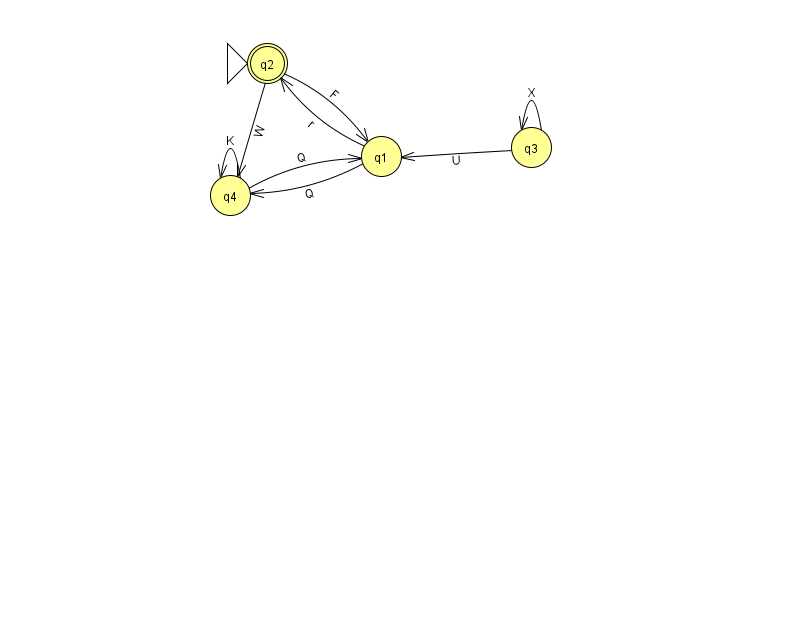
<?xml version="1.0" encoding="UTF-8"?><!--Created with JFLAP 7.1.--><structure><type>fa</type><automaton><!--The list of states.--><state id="1" name="q1"><x>381.0</x><y>143.0</y></state><state id="2" name="q2"><x>267.0</x><y>50.0</y><initial/><final/></state><state id="3" name="q3"><x>531.0</x><y>134.0</y></state><state id="4" name="q4"><x>230.0</x><y>182.0</y></state><!--The list of transitions.--><transition><from>1</from><to>4</to><read>Q</read></transition><transition><from>4</from><to>1</to><read>Q</read></transition><transition><from>1</from><to>2</to><read>r</read></transition><transition><from>2</from><to>4</to><read>W</read></transition><transition><from>2</from><to>1</to><read>F</read></transition><transition><from>3</from><to>3</to><read>X</read></transition><transition><from>3</from><to>1</to><read>U</read></transition><transition><from>4</from><to>4</to><read>K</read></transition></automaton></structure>